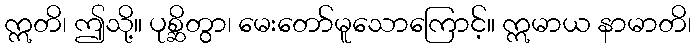
ဣတိ၊ ဤသို့။ ပုစ္ဆိတွာ၊ မေးတော်မူသောကြောင့်။ ဣမာယ နာမာတိ၊